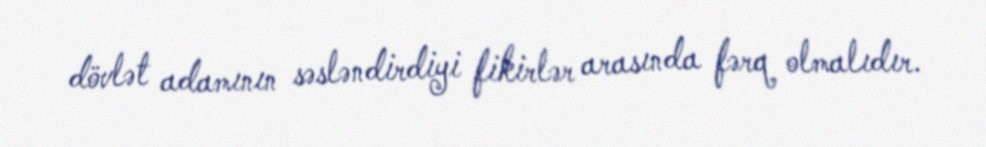
dövlət adamının səsləndirdiyi fikirlər arasında fərq olmalıdır.